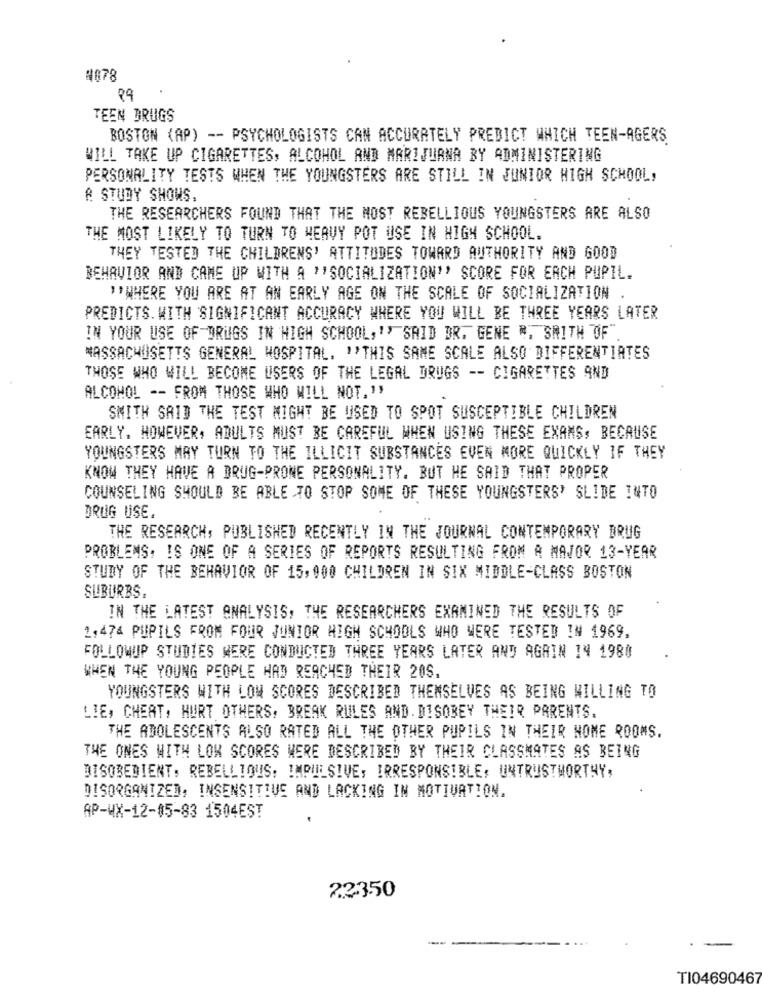
4078
TEEN DRUGS
BOSTON (AP) -- PSYCHOLOGISTS CAN ACCURATELY PREDICT WHICH TEEN-AGERS
WILL TAKE UP CIGARETTES, ALCOHOL AND MARIJUANA BY ADMINISTERING
PERSONALITY TESTS WHEN THE YOUNGSTERS ARE STILL IN JUNIOR HIGH SCHOOL,
A STUDY SHOWS,
THE RESEARCHERS FOUND THAT THE MOST REBELLIOUS YOUNGSTERS ARE ALSO
THE MOST LIKELY TO TURN TO HEAVY POT USE IN HIGH SCHOOL.
THEY TESTED THE CHILDRENS' ATTITUDES TOWARD AUTHORITY AND GOOD
BEHAVIOR AND CAME UP WITH A ""SOCIALIZATION"' SCORE FOR EACH PUPIL.
" WHERE YOU ARE AT AN EARLY AGE ON THE SCALE OF SOCIALIZATION .
PREDICTS. WITH SIGNIFICANT ACCURACY WHERE YOU WILL BE THREE YEARS LATER
IN YOUR USE OF DRUGS IN HIGH SCHOOL, '' SAID DR. GENE R. SMITH OF
MASSACHUSETTS GENERAL HOSPITAL. ">THIS SAME SCALE ALSO DIFFERENTIATES
THOSE WHO WILL BECOME USERS OF THE LEGAL DRUGS -- CIGARETTES AND
ALCOHOL -- FROM THOSE WHO WILL NOT.",
SMITH SAID THE TEST MIGHT BE USED TO SPOT SUSCEPTIBLE CHILDREN
EARLY. HOWEVER, ADULTS MUST BE CAREFUL WHEN USING THESE EXAMS, BECAUSE
YOUNGSTERS MAY TURN TO THE ILLICIT SUBSTANCES EVEN MORE QUICKLY IF THEY
KNOW THEY HAVE A DRUG-PRONE PERSONALITY. BUT HE SAID THAT PROPER
COUNSELING SHOULD BE ABLE TO STOP SOME OF THESE YOUNGSTERS' SLIDE INTO
DRUG USE.
THE RESEARCH, PUBLISHED RECENTLY IN THE JOURNAL CONTEMPORARY DRUG
PROBLEMS, IS ONE OF A SERIES OF REPORTS RESULTING FROM A MAJOR 13-YEAR
STUDY OF THE BEHAVIOR OF 15,900 CHILDREN IN SIX MIDDLE-CLASS BOSTON
SUBURBS.
IN THE LATEST ANALYSIS, THE RESEARCHERS EXAMINED THE RESULTS OF
2,474 PUPILS FROM FOUR JUNIOR HIGH SCHOOLS WHO WERE TESTED IN 1969,
FOLLOWUP STUDIES WERE CONDUCTED THREE YEARS LATER AND AGAIN 14 1980
WHEN THE YOUNG PEOPLE HAD REACHED THEIR 20S.
YOUNGSTERS WITH LOW SCORES DESCRIBED THEMSELVES AS BEING WILLING TO
LIE, CHEAT, HURT OTHERS, BREAK RULES AND. DISOBEY THEIR PARENTS.
THE ADOLESCENTS ALSO RATED ALL THE OTHER PUPILS IN THEIR NOME ROOMS.
THE ONES WITH LOW SCORES WERE DESCRIBED BY THEIR CLASSMATES AS BEING
DISOBEDIENT, REBELLIOUS. IMPULSIVE, IRRESPONSIBLE, UNTRUSTWORTHY,
DISORGANIZED, INSENSITIVE AND LACKING IN MOTIVATION.
AP-WX-12-05-83 1504EST
22350
TI04690467